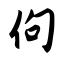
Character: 佝